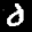
Label: 0